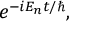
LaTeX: e ^ { { - i E _ { n } t } / \hbar } ,